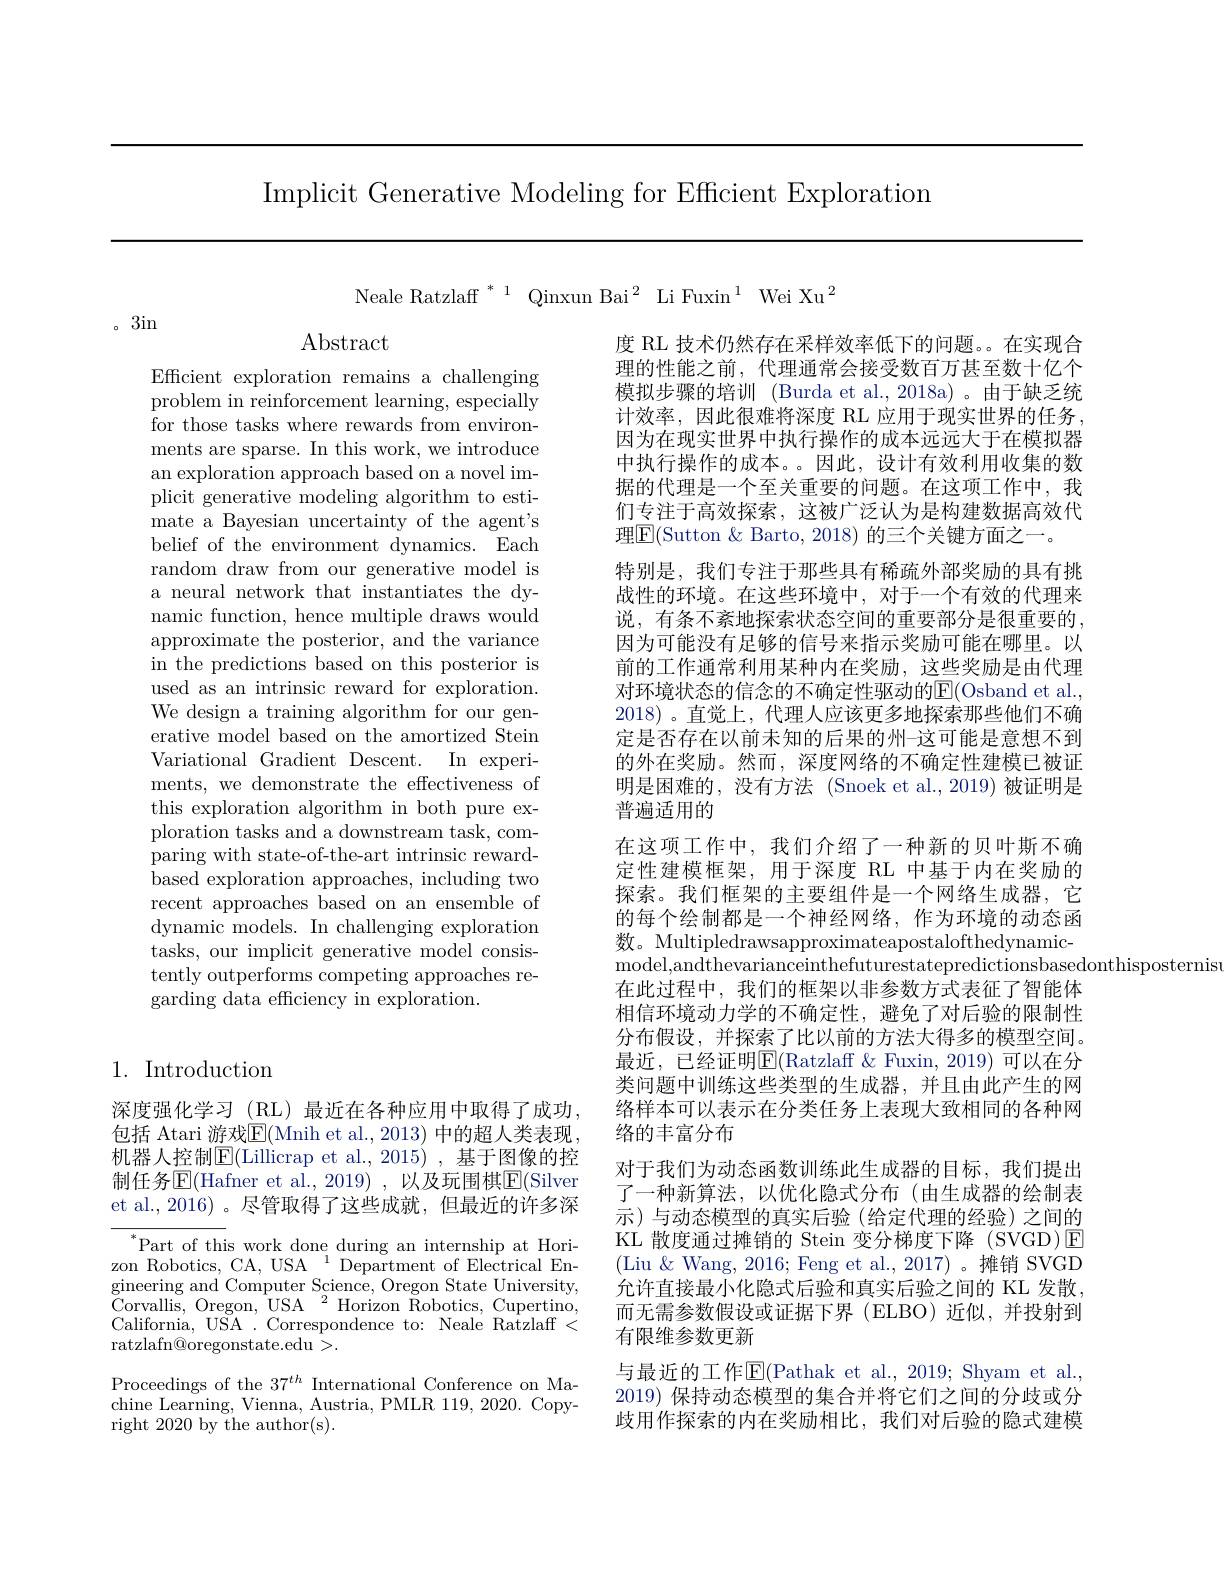
Implicit Generative Modeling for Efficient Exploration

Neale Ratzlaff $^{*}^{1}$ Qinxun Bai$^{2}$ Li Fuxin$^{1}\text{ Wei Xu}^{2}$

。3in

Abstract

Efficient exploration remains a challenging problem in reinforcement learning, especially for those tasks where rewards from environments are sparse. In this work, we introduce an exploration approach based on a novel implicit generative modeling algorithm to estimate a Bayesian uncertainty of the agent's belief of the environment dynamics. Each random draw from our generative model is a neural network that instantiates the dynamic function, hence multiple draws would approximate the posterior, and the variance in the predictions based on this posterior is used as an intrinsic reward for exploration. We design a training algorithm for our generative model based on the amortized Stein Variational Gradient Descent. In experiments, we demonstrate the effectiveness of this exploration algorithm in both pure exploration tasks and a downstream task, comparing with state-of-the-art intrinsic reward- $\bar{\text{based exploration approaches, including two}}$ recent approaches based on an ensemble of dynamic models. In challenging exploration tasks, our implicit generative model consistently outperforms competing approaches regarding data efficiency in exploration.

## 1. Introduction

深度强化学习 (RL)最近在各种应用中取得了成功， 包括 Atari 游戏$\underline{\mathrm{E}}($Mnih et al., 2013) 中的超人类表现机器人控制$\overline{\mathbb{E}}($Lillicrap et al.,2015), 基于图像的控制任务$\overline{\mathrm{E}}($Hafner et al.,2019),以及玩围棋$\overline\mathrm{E}($Silver et al.,2016)。尽管取得了这些成就，但最近的许多深

$^{*}$Part of this work done during an internship at Horizon Robotics, CA, USA $^1$Department of Electrical En- $\begin{array}{l}{\mathrm{gineering~and~Computer~Science,~Oregon~State~University,}}\\{\mathrm{Corvallis,~Oregon,~USA~}^{2}Horizon~Robotics,~Cupertino,}\\{\mathrm{G~urc~}}\end{array}$ $\begin{array}{l}\mathrm{California,~USA~.~Correspondence~to:~Neale~Ratzlaff~<}\\\mathrm{ratzlafn@oregonstate.edu~>.}\end{array}$ Proceedings of the $37^{th}$ International Conference on Machine Learning, Vienna, Austria, PMLR 119, 2020. Copyright 2020 by the author(s).

度 RL 技术仍然存在采样效率低下的问题。在实现合理的性能之前，代理通常会接受数百万甚至数十亿个模拟步骤的培训 (Burda et al.,2018a)。由于缺乏统计效率，因此很难将深度 RL 应用于现实世界的任务， 因为在现实世界中执行操作的成本远远大于在模拟器中执行操作的成本。。因此，设计有效利用收集的数据的代理是一个至关重要的问题。在这项工作中，我们专注于高效探索，这被广泛认为是构建数据高效代理$\boxed{\mathrm{F}}($Sutton & Barto, 2018) 的三个关键方面之一。
特别是，我们专注于那些具有稀疏外部奖励的具有挑战性的环境。在这些环境中，对于一个有效的代理来说，有条不紊地探索状态空间的重要部分是很重要的， 因为可能没有足够的信号来指示奖励可能在哪里。以前的工作通常利用某种内在奖励，这些奖励是由代理对环境状态的信念的不确定性驱动的E(Osband et al., 2018)。直觉上，代理人应该更多地探索那些他们不确定是否存在以前未知的后果的州-这可能是意想不到的外在奖励。然而，深度网络的不确定性建模已被证明是困难的，没有方法 (Snoek et al.,2019)被证明是普遍适用的
在这项工作中，我们介绍了一种新的贝叶斯不确定性建模框架，用于深度 RL 中基于内在奖励的探索。我们框架的主要组件是一个网络生成器，它的每个绘制都是一个神经网络，作为环境的动态函数。Multipledrawsapproximateapostalofthedynamicmodel, andthevarianceinthefuturestatepredictionsbasedonthisposternis
在此过程中，我们的框架以非参数方式表征了智能体相信环境动力学的不确定性，避免了对后验的限制性分布假设，并探索了比以前的方法大得多的模型空间。最近，已经证明$\overline{\mathrm{E}}($Ratzlaff &Fuxin,2019)可以在分类问题中训练这些类型的生成器，并且由此产生的网络样本可以表示在分类任务上表现大致相同的各种网络的丰富分布
对于我们为动态函数训练此生成器的目标，我们提出了一种新算法，以优化隐式分布(由生成器的绘制表示)与动态模型的真实后验(给定代理的经验)之间的KL 散度通过摊销的 Stein 变分梯度下降 (SVGD)E (Liu &Wang, 2016; Feng et al., 2017)。摊销 SVGD 允许直接最小化隐式后验和真实后验之间的 KL 发散， 而无需参数假设或证据下界(ELBO)近似，并投射到有限维参数更新
与最近的工作$\operatorname{E}($Pathak et al., 2019; Shyam et al., 2019) 保持动态模型的集合并将它们之间的分歧或分歧用作探索的内在奖励相比，我们对后验的隐式建模